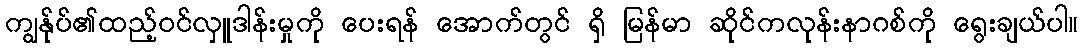
ကျွန်ုပ်၏ထည့်ဝင်လှူဒါန်းမှုကို ပေးရန် အောက်တွင် ရှိ မြန်မာ ဆိုင်ကလုန်းနာဂစ်ကို ရွေးချယ်ပါ။